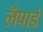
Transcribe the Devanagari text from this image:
लँपार्ड